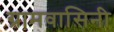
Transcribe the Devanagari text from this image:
ग्रामवासिनी